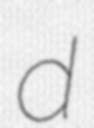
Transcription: d